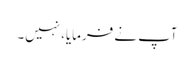
آپ نے فرمایا، نہیں۔